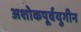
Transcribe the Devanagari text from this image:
अशोकपूर्वयुगीन